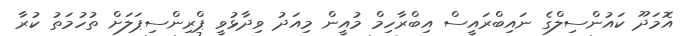
އޮމަދޫ ކައުންސިލްގެ ނައިބްރައީސް އިބްރާހިމް މުއީން މިއަދު ވިދާޅުވީ ޕްރިންސިޕަލަށް ތުހުމަތު ކުރާ